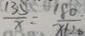
\frac { 1 3 5 } { x } = \frac { 1 8 0 } { x + 2 6 }